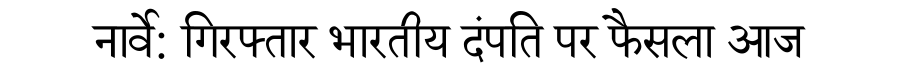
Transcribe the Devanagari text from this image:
नार्वे: गिरफ्तार भारतीय दंपति पर फैसला आज